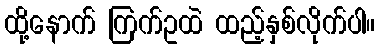
ထို့နောက် ကြက်ဥထဲ ထည့်နှစ်လိုက်ပါ။